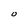
Character: 0